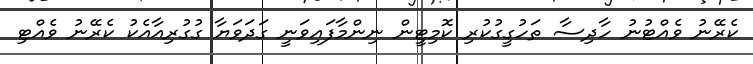
ކެރޭނު ވެއްޓުނު ހާދިސާ ތަހުގީގުކުރި ކޮމިޓީން ނިންމާފައިވަނީ ގަދަވަޔާ ގުގުރިއާއެކު ކެރޭނު ވެއްޓި